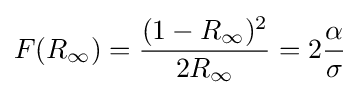
F(R_{\infty })={\frac {(1-R_{\infty })^{2}}{2R_{\infty }}}=2{\frac {\alpha }{\sigma }}